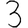
Digit: 3